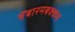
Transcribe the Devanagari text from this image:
चेंबारमबक्कम